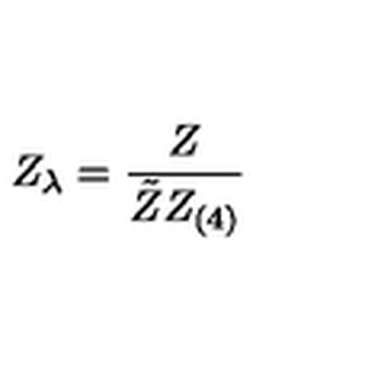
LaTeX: Z _ { \lambda } = \frac { Z } { \tilde { Z } Z _ { ( 4 ) } }